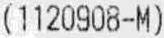
(1120908-M)